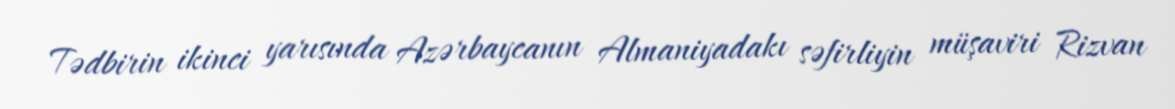
Tədbirin ikinci yarısında Azərbaycanın Almaniyadakı səfirliyin müşaviri Rizvan